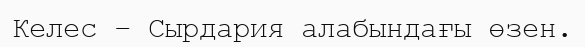
Келес – Сырдария алабындағы өзен.